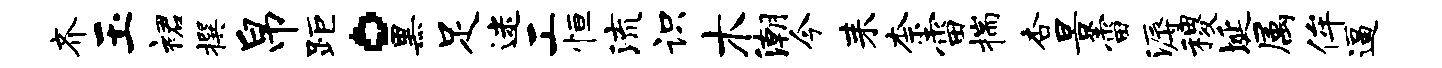
齐玉裙撰帛距。黑足迷工恒流识木潮今耒柰雷揣杏景雷溽稷埏属侔逼